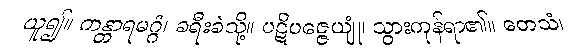
ယူ၍။ ကန္တာရမဂ္ဂံ၊ ခရီးခဲသို့။ ပဋိပဇ္ဇေယျုံ၊ သွားကုန်ရာ၏။ တေသံ၊